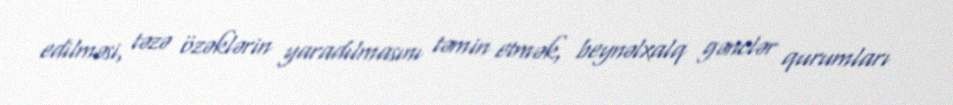
edilməsi, təzə özəklərin yaradılmasını təmin etmək, beynəlxalq gənclər qurumları